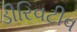
ડીરિવટીવ